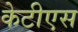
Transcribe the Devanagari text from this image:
केटीएस